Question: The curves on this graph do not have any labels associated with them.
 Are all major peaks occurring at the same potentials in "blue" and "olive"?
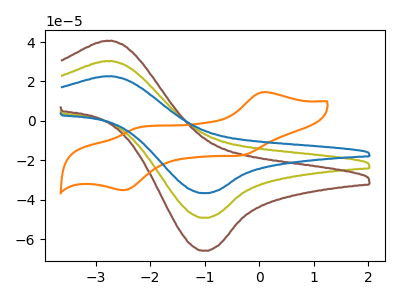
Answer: <think>The olive curve "olive" has an anodic peak at (-2.75V, 30.35uA) and a cathodic peak at (-1.00V, -49.20uA). The brown curve "brown" has an anodic peak at (-2.75V, 60.70uA) and a cathodic peak at (-1.00V, -98.45uA). The orange curve "orange" has anodic peaks at (0.10V, 14.60uA) (-2.25V, -3.55uA) and cathodic peaks at (-0.30V, -17.50uA) (-2.50V, -35.20uA). The blue curve "blue" has an anodic peak at (-2.75V, 22.65uA) and a cathodic peak at (-1.00V, -36.75uA).</think>
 <answer>Yes, "blue" have a peak in "olive" at the same potential.</answer>
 <eval>match</eval>